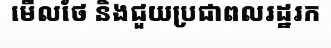
មើលថែ និងជួយប្រជាពលរដ្ឋរក